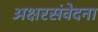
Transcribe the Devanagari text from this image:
अक्षरसंवेदना